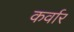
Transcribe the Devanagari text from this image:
कर्वार